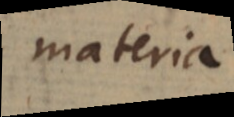
materia